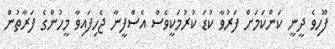
ފޫހިވެ ދީނީ ކަންކަމަށް ފަރުވާ ކުޑަ ކުރުމަކީވެސް އެސްފީނާ ޖެހިފައިވާ މީހުންގެ ފަރާތުން